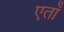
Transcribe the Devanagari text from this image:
एताँ